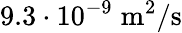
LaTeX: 9.3\cdot 10^{-9}\; \mathrm{m}^{2}/\mathrm{s}